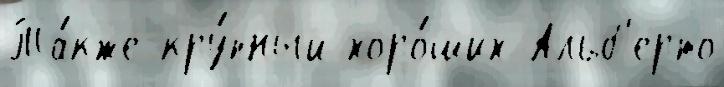
Та́кже кру́пный хоро́ших Альб'ерто